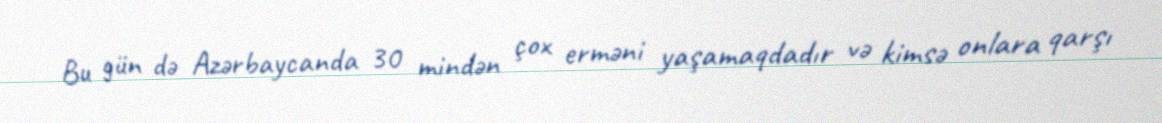
Bu gün də Azərbaycanda 30 mindən çox erməni yaşamaqdadır və kimsə onlara qarşı